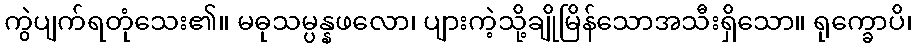
ကွဲပျက်ရတုံသေး၏။ မဓုသမ္ပန္နဖလော၊ ပျားကဲ့သို့ချိုမြိန်သောအသီးရှိသော။ ရုက္ခောပိ၊